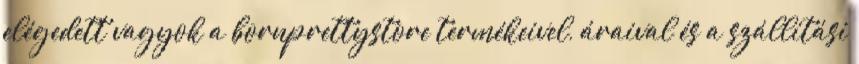
elégedett vagyok a bornprettystore termékeivel, áraival és a szállítási